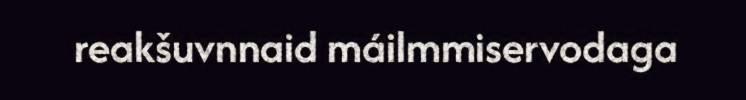
reakšuvnnaid máilmmiservodaga